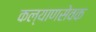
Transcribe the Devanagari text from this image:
कल्याणसेवक